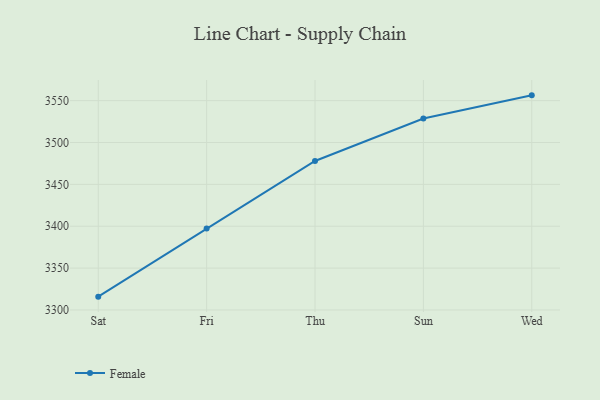
{"axis": {"x": "Day", "y": "Active Users"}, "legend": ["Female"], "data": [{"x": "Sat", "y": 3315.9, "type": "Female"}, {"x": "Fri", "y": 3397.4, "type": "Female"}, {"x": "Thu", "y": 3477.9, "type": "Female"}, {"x": "Sun", "y": 3528.7, "type": "Female"}, {"x": "Wed", "y": 3556.3, "type": "Female"}]}